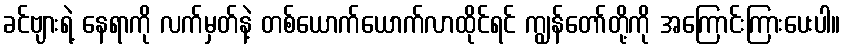
ခင်ဗျားရဲ့ နေရာကို လက်မှတ်နဲ့ တစ်ယောက်ယောက်လာထိုင်ရင် ကျွန်တော်တို့ကို အကြောင်းကြားပေးပါ။